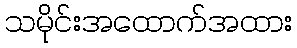
သမိုင်းအထောက်အထား